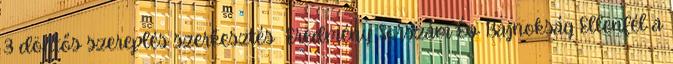
3 döntős szereplés szerkesztés Eredmény Sorszám Év Bajnokság Ellenfél a